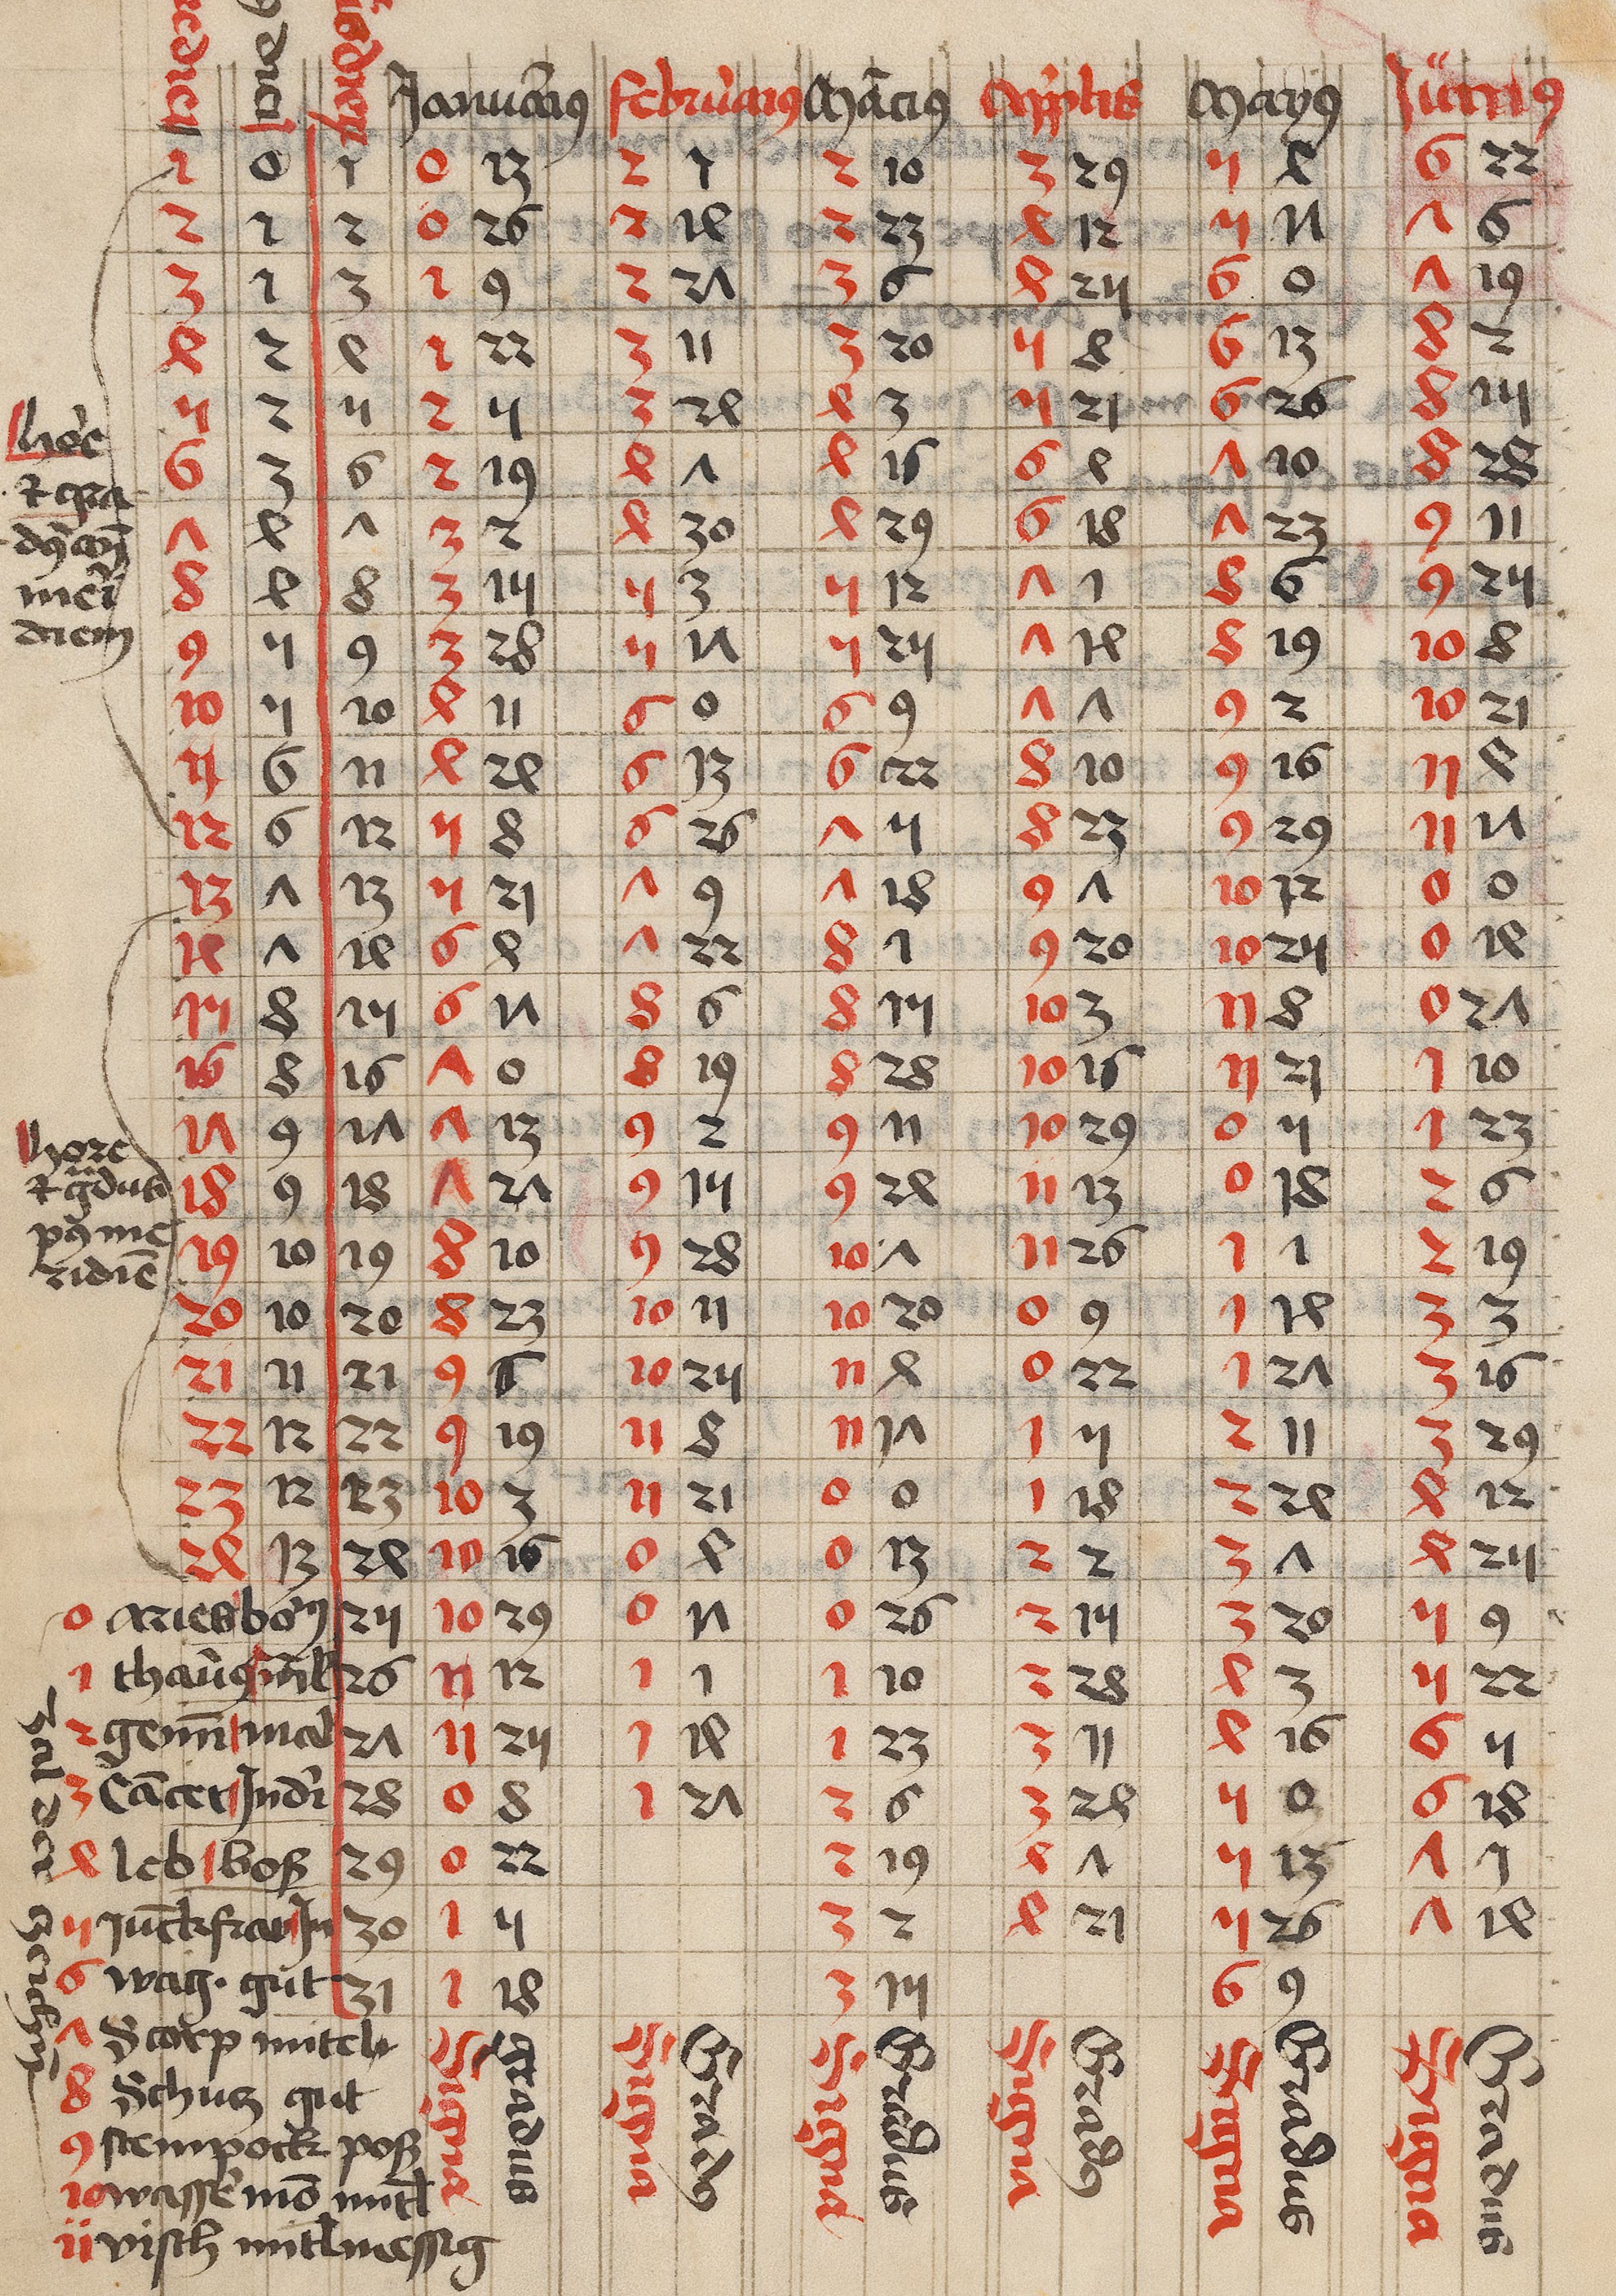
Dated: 1459–1471